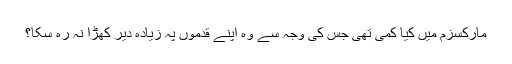
مارکسزم میں کیا کمی تھی جس کی وجہ سے وہ اپنے قدموں پہ زیادہ دیر کھڑا نہ رہ سکا؟